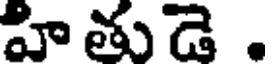
హి తుడె .